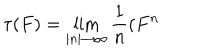
LaTeX: \tau ( F ) = \lim _ { \left| n \right| \rightarrow \infty } \frac { 1 } { n } ( F ^ { n }